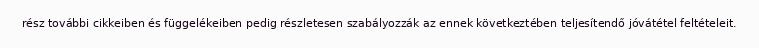
rész további cikkeiben és függelékeiben pedig részletesen szabályozzák az ennek következtében teljesítendő jóvátétel feltételeit.